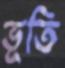
ভূতি